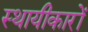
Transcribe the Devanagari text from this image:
स्थायीकारों